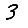
Digit: 3